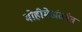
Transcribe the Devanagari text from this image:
मोहीमेअंतर्गत